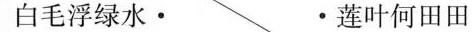
白毛浮绿水· ·莲叶何田田